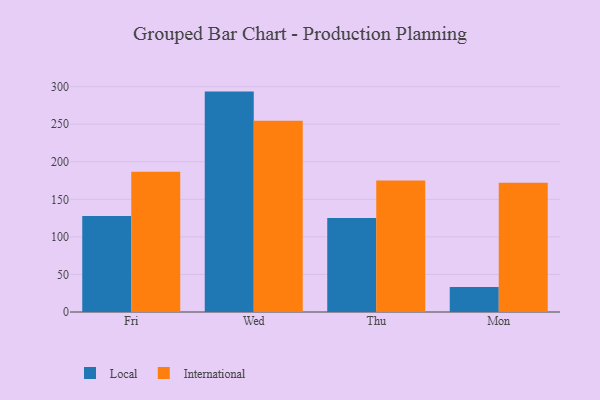
{"axis": {"x": "Day", "y": "Tickets Resolved"}, "legend": ["International", "Local"], "data": [{"x": "Fri", "y": 127.8, "type": "Local"}, {"x": "Fri", "y": 186.7, "type": "International"}, {"x": "Wed", "y": 293.4, "type": "Local"}, {"x": "Wed", "y": 254.7, "type": "International"}, {"x": "Thu", "y": 125.1, "type": "Local"}, {"x": "Thu", "y": 175.2, "type": "International"}, {"x": "Mon", "y": 33.3, "type": "Local"}, {"x": "Mon", "y": 172.2, "type": "International"}]}